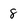
Character: 8